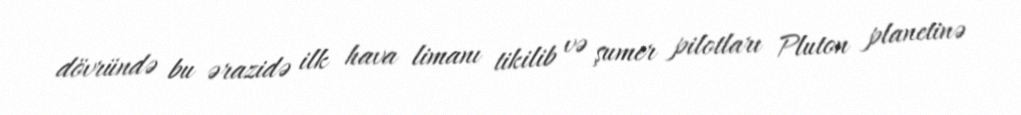
dövründə bu ərazidə ilk hava limanı tikilib və şumer pilotları Pluton planetinə